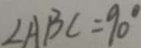
\angle A B C = 9 0 ^ { \circ }